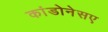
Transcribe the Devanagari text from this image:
कांडोनेसए